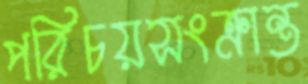
পরিচয়সংক্রান্ত